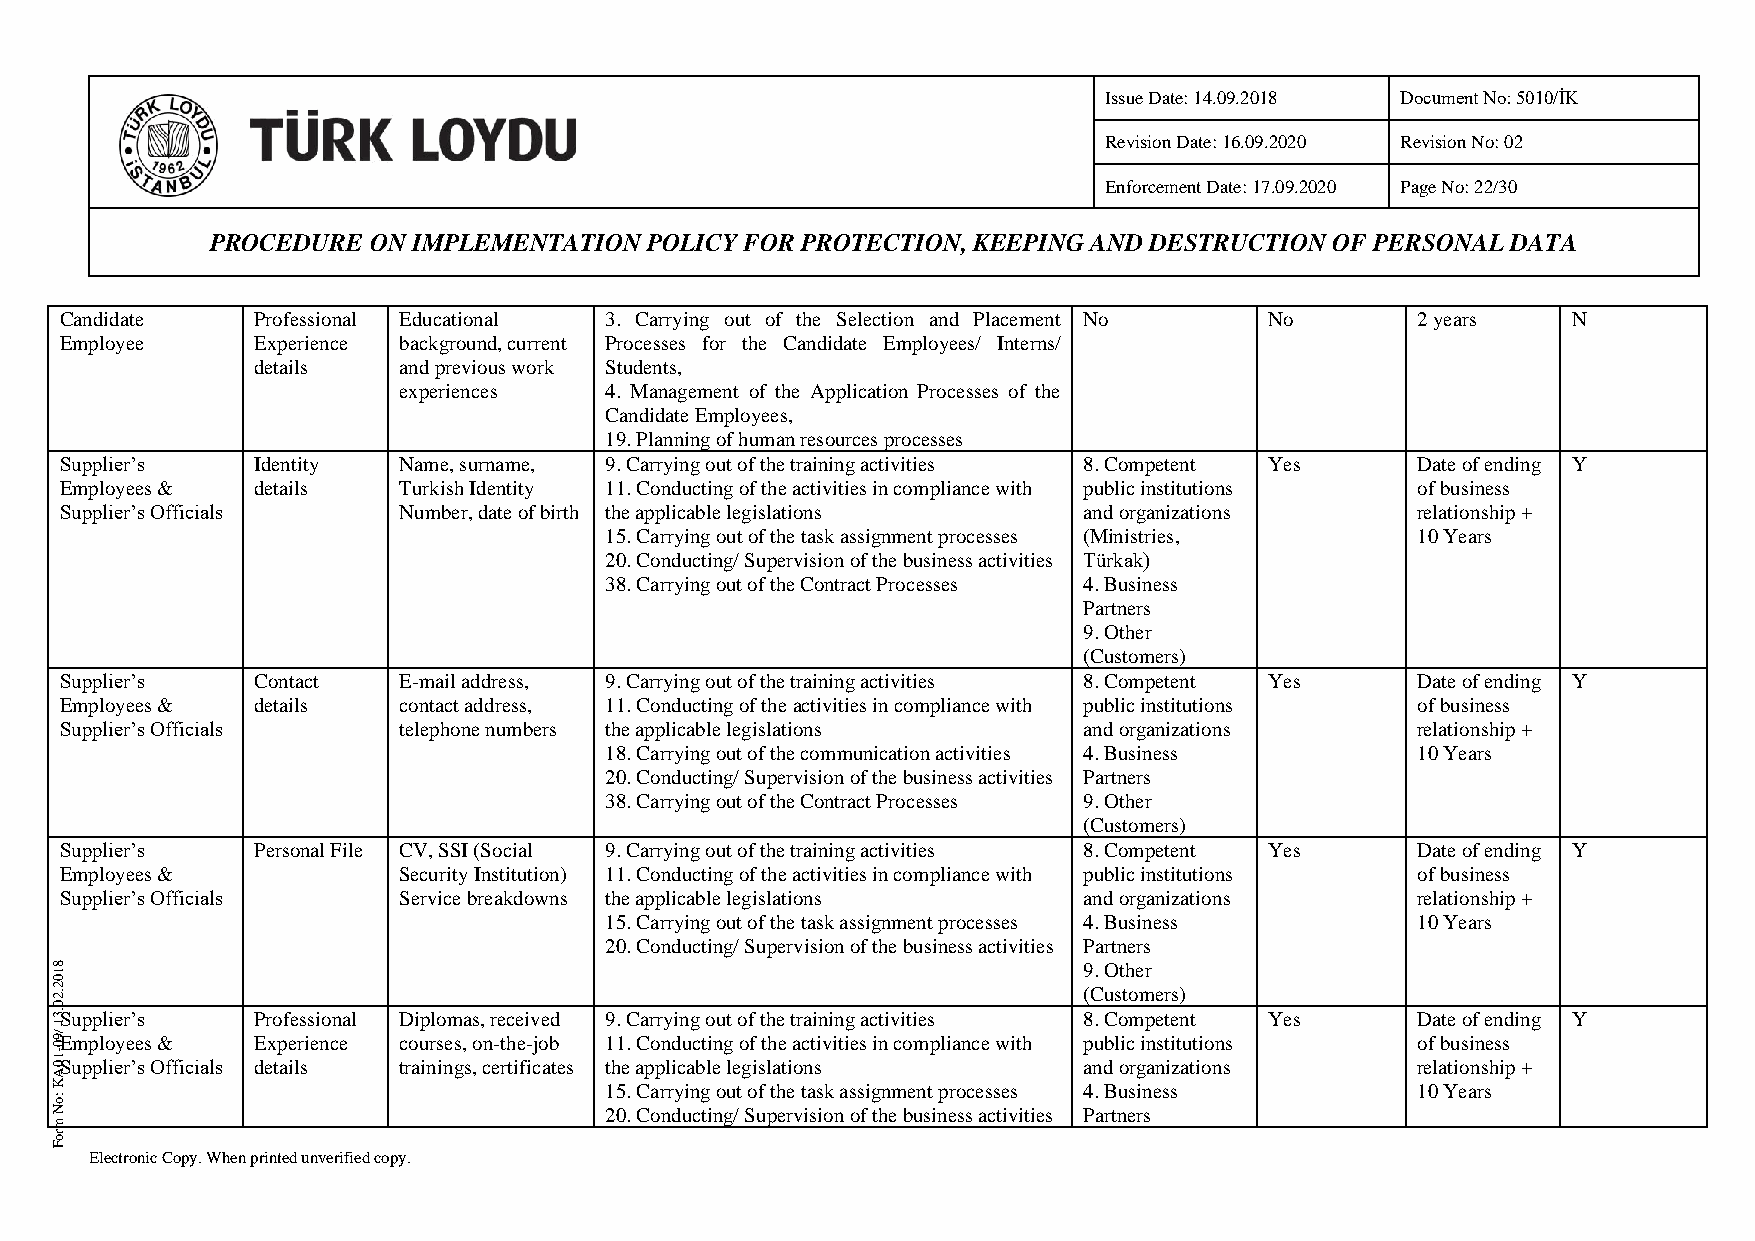
Issue Date: 14.09.2018 Document No: 5010/İK
 Revision Date: 16.09.2020 Revision No: 02
 Enforcement Date: 17.09.2020 Page No: 22/30
 PROCEDURE ON IMPLEMENTATION  POLICY FOR PROTECTION, KEEPING AND DESTRUCTION OF PERSONAL DATA
 Candidate    Professional Educational 3. Carrying out of the Selection and Placement No No 2 years  N
 Employee     Experience background, current Processes for the Candidate Employees/ Interns/
 details  and previous work Students,
 experiences   4. Management of the Application Processes of the
 Candidate Employees,
 19. Planning of human resources processes
 Supplier’s   Identity Name, surname, 9. Carrying out of the training activities 8. Competent Yes Date of ending Y
 Employees &  details  Turkish Identity 11. Conducting of the activities in compliance with public institutions of business
 Supplier’s Officials  Number, date of birth the applicable legislations and organizations relationship +
 15. Carrying out of the task assignment processes (Ministries, 10 Years
 20. Conducting/ Supervision of the business activities Türkak)
 38. Carrying out of the Contract Processes 4. Business
 Partners
 9. Other
 (Customers)
 Supplier’s   Contact  E-mail address, 9. Carrying out of the training activities 8. Competent Yes Date of ending Y
 Employees &  details  contact address, 11. Conducting of the activities in compliance with public institutions of business
 Supplier’s Officials  telephone numbers the applicable legislations and organizations     relationship +
 18. Carrying out of the communication activities 4. Business 10 Years
 20. Conducting/ Supervision of the business activities Partners
 38. Carrying out of the Contract Processes 9. Other
 (Customers)
 Supplier’s   Personal File CV, SSI (Social 9. Carrying out of the training activities 8. Competent Yes Date of ending Y
 Employees &           Security Institution) 11. Conducting of the activities in compliance with public institutions of business
 Supplier’s Officials  Service breakdowns the applicable legislations and organizations    relationship +
 15. Carrying out of the task assignment processes 4. Business 10 Years
 20. Conducting/ Supervision of the business activities Partners
 8 1                                                                  9. Other
 0
 2 .2                                                                 (Customers)
 0
 .3Supplier’s  Professional Diplomas, received 9. Carrying out of the training activities 8. Competent Yes Date of ending Y
 1
 /9Employees & Experience courses, on-the-job 11. Conducting of the activities in compliance with public institutions of business
 0
 1 0- Supplier’s Officials details trainings, certificates the applicable legislations and organizations relationship +
 A
 K                                    15. Carrying out of the task assignment processes 4. Business 10 Years
 :o
 N                                    20. Conducting/ Supervision of the business activities Partners
 m
 ro
 F
 Electronic Copy. When printed unverified copy.